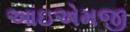
આઇએમજી